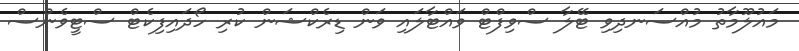
މައުލޫމާތު މުއްސަނދިވި ޓޭލާ ސްވިފްޓް ވައްޓާލައި ވަން ޑިރެކްޝަން ކުރި ހޯދައިފިކެޓް ސްޓީވެންސް